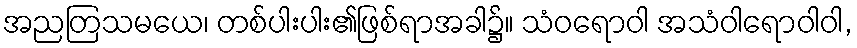
အညတြသမယေ၊ တစ်ပါးပါး၏ဖြစ်ရာအခါ၌။ သံဝရောဝါ အသံဝါရောဝါဝါ,